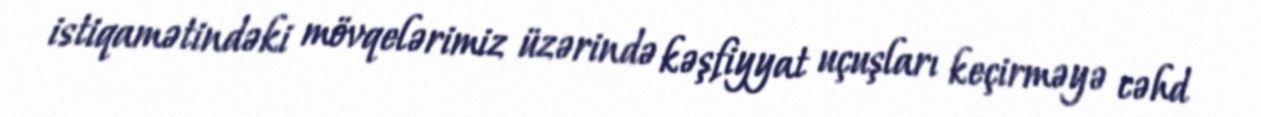
istiqamətindəki mövqelərimiz üzərində kəşfiyyat uçuşları keçirməyə cəhd